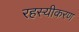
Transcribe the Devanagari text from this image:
रहस्यीकरण